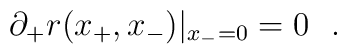
\partial_+r(x_+,x_-)|_{x_-=0}=0~~.